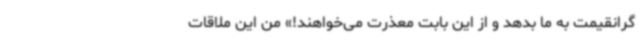
گرانقیمت به ما بدهد و از این بابت معذرت می‌خواهند!» من این ملاقات